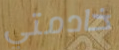
خادمتي